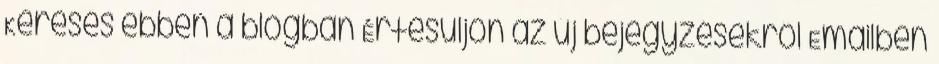
Keresés ebben a blogban Értesüljön az új bejegyzésekről Emailben